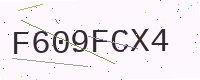
Text: F609FCX4